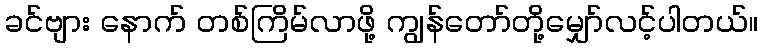
ခင်ဗျား နောက် တစ်ကြိမ်လာဖို့ ကျွန်တော်တို့မျှော်လင့်ပါတယ်။